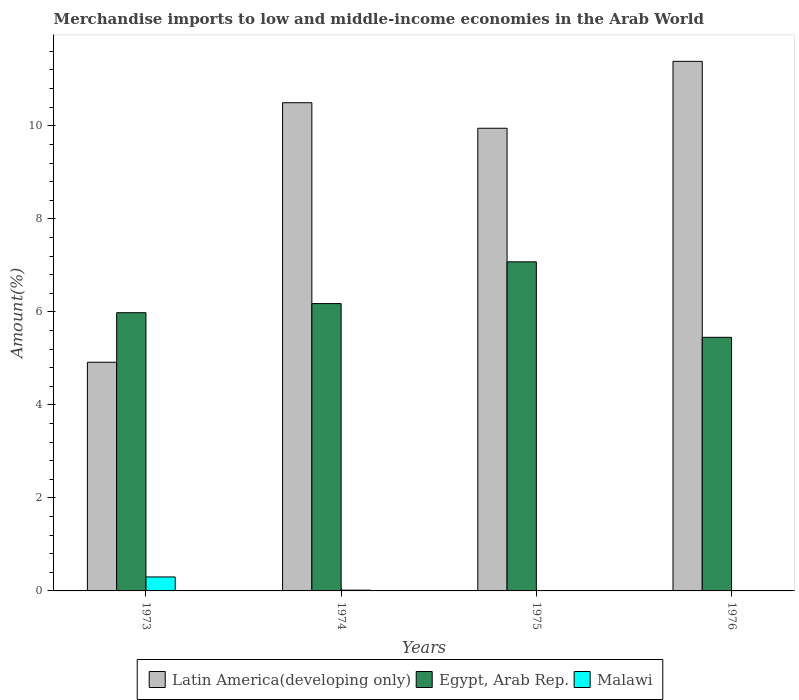
| Years | Latin America(developing only) | Egypt, Arab Rep. | Malawi |
 | --- | --- | --- | --- |
 | 1973 | 4.92 | 5.98 | 0.3 |
 | 1974 | 10.5 | 6.18 | 0.0165 |
 | 1975 | 9.95 | 7.08 | 0.0088 |
 | 1976 | 11.4 | 5.45 | 0.00146 |